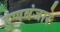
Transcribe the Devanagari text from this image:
हूणबंजारे